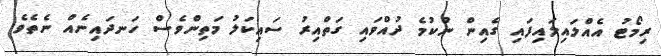
ރިމޯޓު އެއްލައިލައިފައި ގެއިން ނުކުމެ ދުއްވައި ގަތްއިރު ސައިކަލު މަތިންވެސް ހަނދައިނެއް ނެތެވެ.